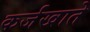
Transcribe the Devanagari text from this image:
कर्जखाते